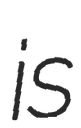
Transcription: is